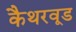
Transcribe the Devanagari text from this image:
कैथरवूड